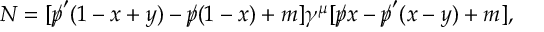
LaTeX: { \cal N } = [ p \llap / ^ { \prime } ( 1 - x + y ) - p \llap / ( 1 - x ) + m ] \gamma ^ { \mu } [ p \llap / x - p \llap / ^ { \prime } ( x - y ) + m ] ,